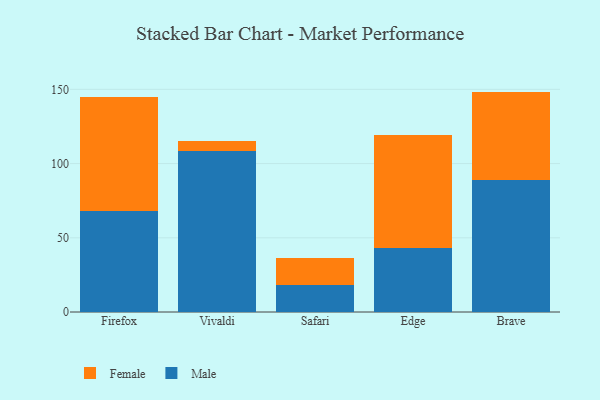
{"axis": {"x": "Browser", "y": "Market Share (%)"}, "legend": ["Female", "Male"], "data": [{"x": "Firefox", "y": 68.1, "type": "Male"}, {"x": "Firefox", "y": 77.1, "type": "Female"}, {"x": "Vivaldi", "y": 108.3, "type": "Male"}, {"x": "Vivaldi", "y": 7.0, "type": "Female"}, {"x": "Safari", "y": 18.1, "type": "Male"}, {"x": "Safari", "y": 18.4, "type": "Female"}, {"x": "Edge", "y": 43.4, "type": "Male"}, {"x": "Edge", "y": 76.1, "type": "Female"}, {"x": "Brave", "y": 88.7, "type": "Male"}, {"x": "Brave", "y": 59.8, "type": "Female"}]}